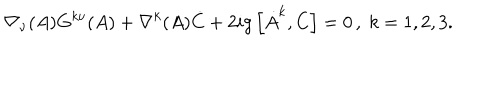
LaTeX: \nabla _ { \nu } ( A ) G ^ { k \nu } ( A ) + \nabla ^ { k } ( A ) \dot { C } + 2 i g \left[ \dot { A } ^ { k } , C \right] = 0 \, , \; k = 1 , 2 , 3 .